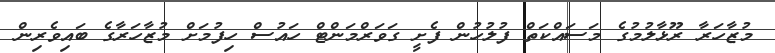
މުޒާހަރާ ރޫޅާލުމުގެ މަސައްކަތް ފުލުހުން ފެށީ ގަވަރްމަންޓް ހައުސް ހިފުމަށް މުޒާހަރާގެ ބައިވެރިން